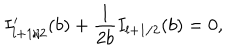
I _ { l + 1 / 2 } ^ { \prime } ( b ) + { \frac { 1 } { 2 b } } I _ { l + 1 / 2 } ( b ) = 0 ,